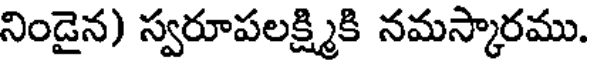
నిండైన) స్వరూపలక్ష్మికి నమస్కారము.